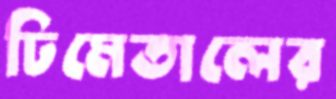
ঢিমেতালের